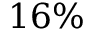
1 6 \%